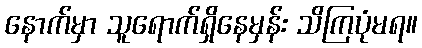
နောက်မှာ သူရောက်ရှိနေမှန်း သိကြပုံမရ။